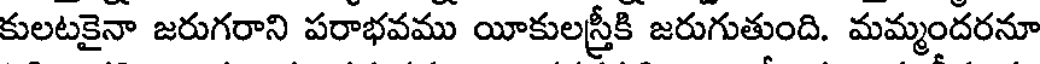
కులటకైనా జరుగరాని పరాభవము యీకులస్త్రీకి జరుగుతుంది. మమ్మందరనూ